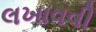
લખાવવી